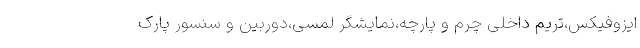
ایزوفیکس،تریم داخلی چرم و پارچه،نمایشگر لمسی،دوربین و سنسور پارک